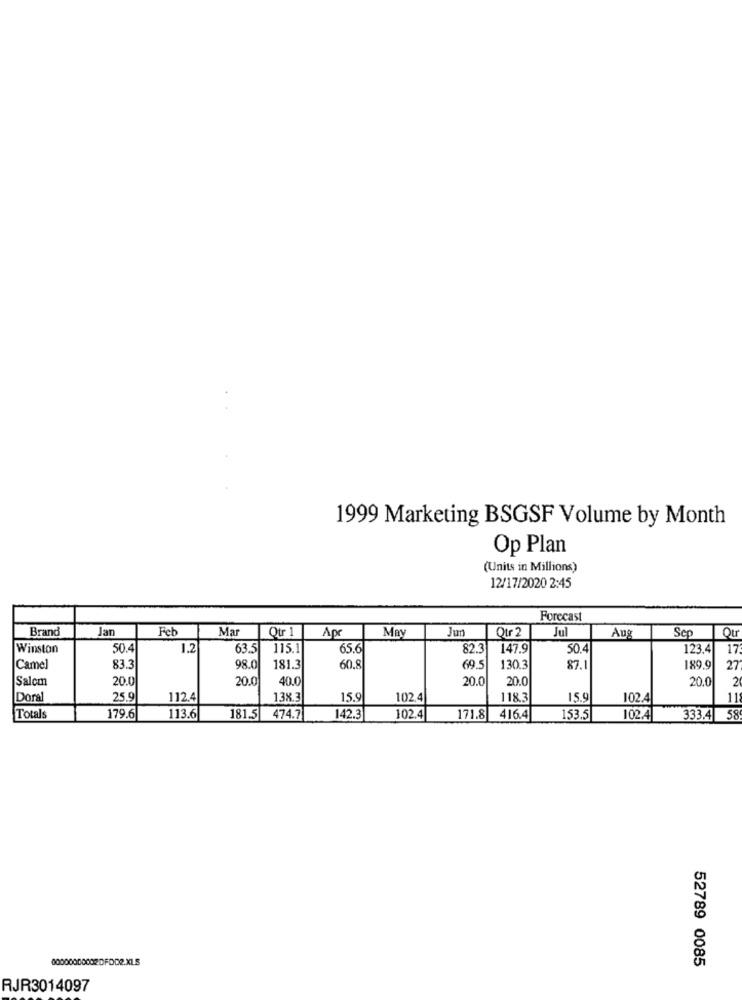
1999 Marketing BSGSF Volume by Month
Op Plan
(Units in Millions)
12/17/2020 2:45
Forecast
Brand
Jan
Feb
Mar
Qtr
Jun
Qtr 2
Jul
Apr
Aug
Scp
Qu
Winston
50.4
1.2
63.5
115.1
65.6
82.3
147.9
50.4
123.4
17
Camel
83.3
98.0
181.3
60.8
69.5
130.3
87.1
189.9
27
Salcm
20.
20.0
40.0
20.0
20.0
20.0
2
Doral
25.9
112.4
138.3
15.9
102.4
118.3
15.9
102.4
11
Totals
179.6
113.6
181.5 474.7
142.3
102.4
171.8 416.4
153.5
102.4
333.4
58
52789 0085
RJR3014097